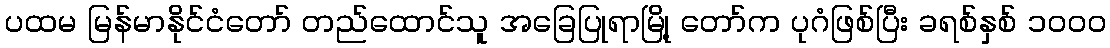
ပထမ မြန်မာနိုင်ငံတော် တည်ထောင်သူ အခြေပြုရာမြို့ တော်က ပုဂံဖြစ်ပြီး ခရစ်နှစ် ၁၀ဝ၀